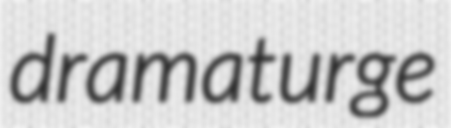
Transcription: dramaturge